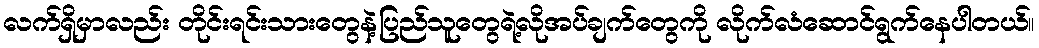
လက်ရှိမှာလည်း တိုင်းရင်းသားတွေနဲ့ပြည်သူတွေရဲ့လိုအပ်ချက်တွေကို လိုက်လံဆောင်ရွက်နေပါတယ်။